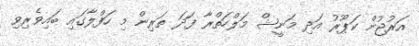
އަރުޖުން ކަޕޫރު އަދި މަނީޝް މަލްހަތްރާ ފަދަ ތަރިން މި ހަފްލާގައި ބައިވެރިވި